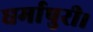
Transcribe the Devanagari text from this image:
धर्मापुरी।